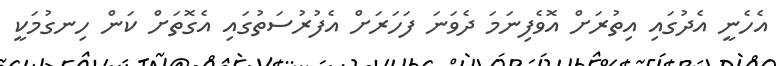
އެހެނީ އެދުގައި އިތުރަށް އޮވެފިނަމަ ދެވަނަ ފަހަރަށް އެފުރުސަތުގައި އެގޮތަށް ކަން ހިނގުމަކީ